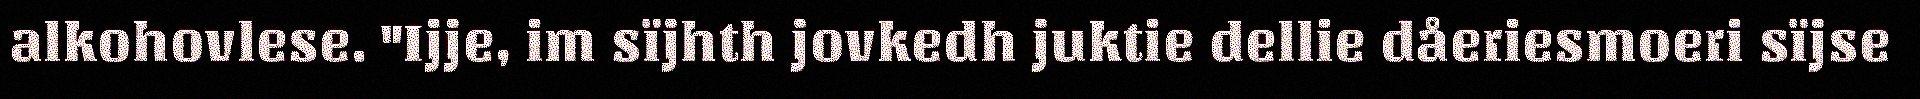
alkohovlese. "Ijje, im sïjhth jovkedh juktie dellie dåeriesmoeri sïjse